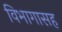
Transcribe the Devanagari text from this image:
विभागासह